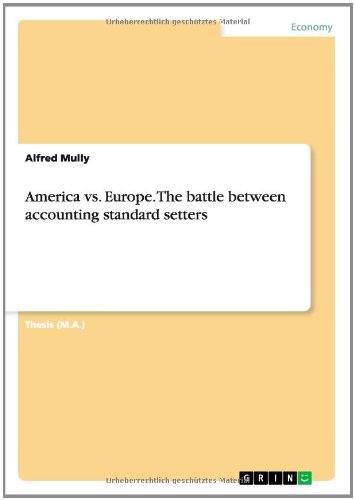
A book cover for America vs. Europe. the Battle Between Accounting Standard Setters; Alfred Mully; Business & Money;